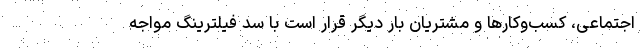
اجتماعی، کسب‌وکارها و مشتریان بار دیگر قرار است با سد فیلترینگ مواجه